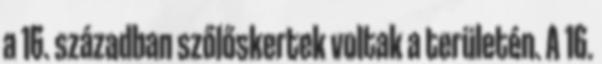
a 16. században szőlőskertek voltak a területén. A 16.